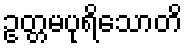
ဥတ္တမပုရိသောတိ